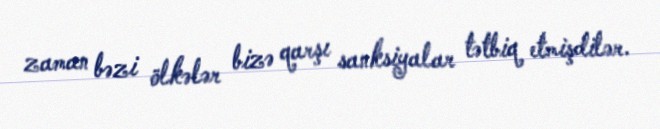
zaman bəzi ölkələr bizə qarşı sanksiyalar tətbiq etmişdilər.